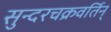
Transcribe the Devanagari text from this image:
सुन्दरचक्रवर्तिन्